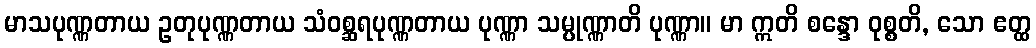
မာသပုဏ္ဏတာယ ဥတုပုဏ္ဏတာယ သံဝစ္ဆရပုဏ္ဏတာယ ပုဏ္ဏာ သမ္ပုဏ္ဏာတိ ပုဏ္ဏာ။ မာ ဣတိ စန္ဒော ဝုစ္စတိ, သော ဧတ္ထ